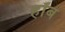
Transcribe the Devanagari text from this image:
हॉब